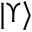
| \Upsilon \rangle